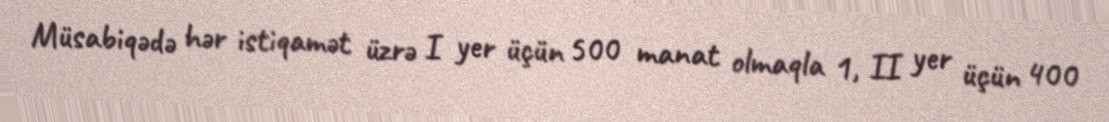
Müsabiqədə hər istiqamət üzrə I yer üçün 500 manat olmaqla 1, II yer üçün 400